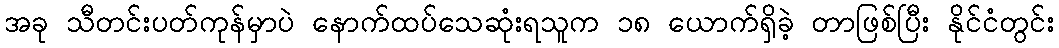
အခု သီတင်းပတ်ကုန်မှာပဲ နောက်ထပ်သေဆုံးရသူက ၁၈ ယောက်ရှိခဲ့ တာဖြစ်ပြီး နိုင်ငံတွင်း